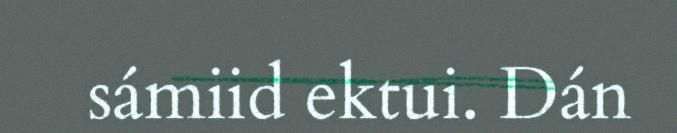
sámiid ektui. Dán